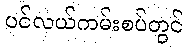
ပင်လယ်ကမ်းစပ်တွင်